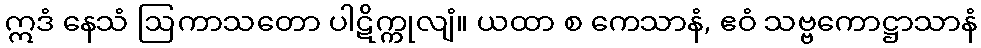
ဣဒံ နေသံ ဩကာသတော ပါဋိက္ကုလျံ။ ယထာ စ ကေသာနံ, ဧဝံ သဗ္ဗကောဋ္ဌာသာနံ